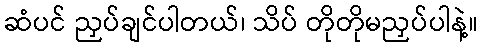
ဆံပင် ညှပ်ချင်ပါတယ်၊ သိပ် တိုတိုမညှပ်ပါနဲ့။